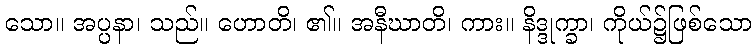
သော။ အပ္ပနာ၊ သည်။ ဟောတိ၊ ၏။ အနီဃာတိ၊ ကား။ နိဒ္ဒုက္ခာ၊ ကိုယ်၌ဖြစ်သော